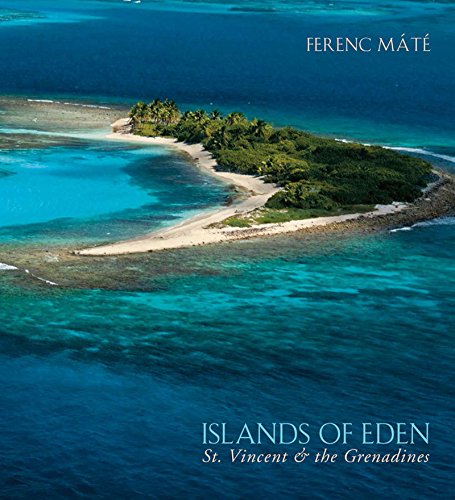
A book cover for Islands of Eden: St.Vincent and the Grenadines; Ferenc MÃ¡tÃ©; Travel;